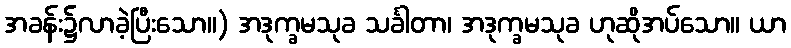
အခန်း၌လာခဲ့ပြီးသော။) အဒုက္ခမသုခ သင်္ခါတာ၊ အဒုက္ခမသုခ ဟုဆိုအပ်သော။ ယာ